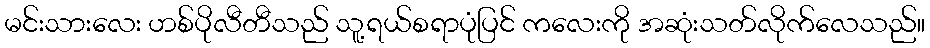
မင်းသားလေး ဟစ်ပိုလီတီသည် သူ့ရယ်စရာပုံပြင် ကလေးကို အဆုံးသတ်လိုက်လေသည်။